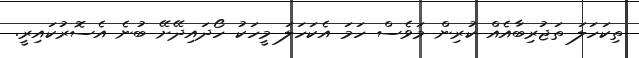
ތިކަހަލަ ތަޖުރިބާއެެއް ކުރިން މަވެސް ހަމަ އެކަހަލަ މީހަކު ހޯދައިދޭށޭ ބުނެ އެސޮރުކައިރީ.